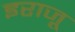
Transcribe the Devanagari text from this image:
इराजू